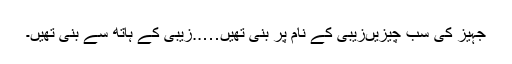
جہیز کی سب چیزیںزیبی کے نام پر بنی تھیں…..زیبی کے ہاتھ سے بنی تھیں۔